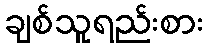
ချစ်သူရည်းစား